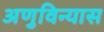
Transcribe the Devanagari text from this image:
अणुविन्यास